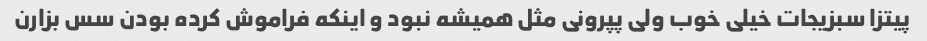
پیتزا سبزیجات خیلی خوب ولی پپرونی مثل همیشه نبود و اینکه فراموش کرده بودن سس بزارن